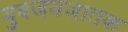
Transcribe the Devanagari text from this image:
युवजयजातक